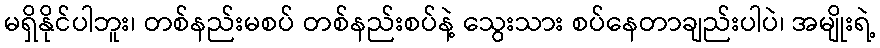
မရှိနိုင်ပါဘူး၊ တစ်နည်းမစပ် တစ်နည်းစပ်နဲ့ သွေးသား စပ်နေတာချည်းပါပဲ၊ အမျိုးရဲ့